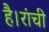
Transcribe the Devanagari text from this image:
है।रांची